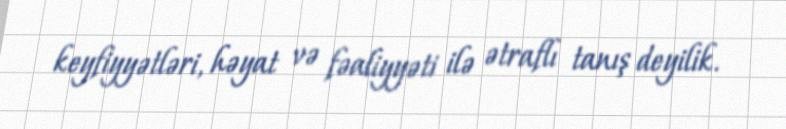
keyfiyyətləri, həyat və fəaliyyəti ilə ətraflı tanış deyilik.